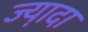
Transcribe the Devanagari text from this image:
ज्या़दा